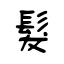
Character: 髮